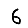
Digit: 6